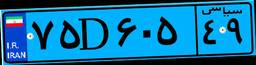
۷۵D۶۰۵۴۹